Medical and sanitary report of the native army of Bengal for the year
Year: 1877
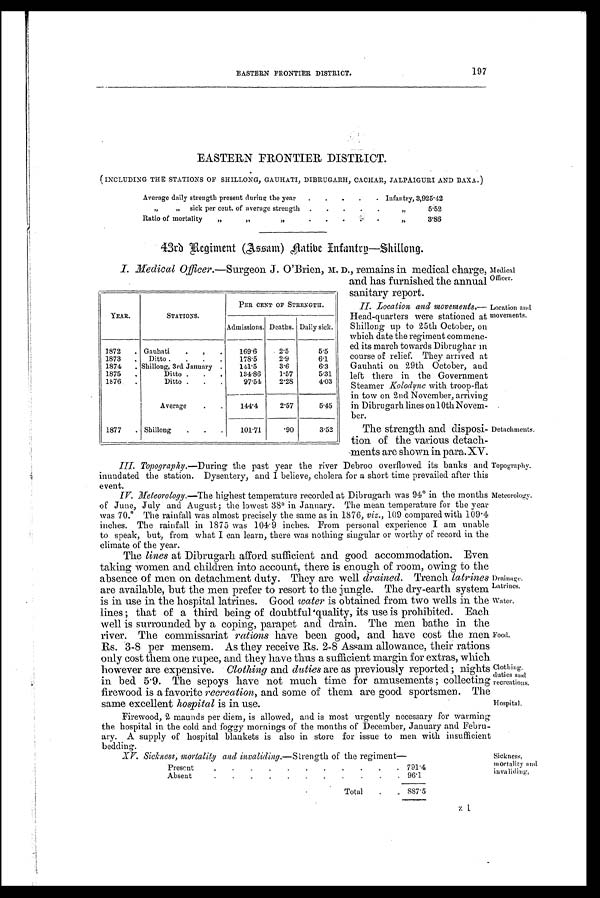
EASTERN FRONTIER DISTRICT.
197
EASTERN FRONTIER DISTRICT.
(INCLUDING THE STATIONS OF SHILLONG, GAUHATI, DIBRUGARH, CACHAR, JALPAIGURI AND BAXA.)
Average daily strength present during the year
.
.
.
.
. Infantry, 3,925.4.2
"
"
sick per cent. of average strength .
.
.
.
.
,,
5.52
Ratio of mortality
"
,,
"
.
.
.
.
.
"
3.86
43rd Regiment (Assam) Native Infantry— Shillong.
I. Medical Officer.—Surgeon J. O'Brien, M. D., remains in medical charge,
and has furnished the annual
sanitary report.
II. Location and movements.—
Head-quarters were stationed at
Shillong up to 25th October, on
which date the regiment commenc-
ed its march towards Dibrughar in
course of relief. They arrived at
Gauhati on 29th October, and
left there in the Government
Steamer Kolodyne with troop-flat
in tow on 2nd November, arriving
in Dibrugarh lines on 10th Novem-
ber.
The strength and disposi-
tion of the various detach-
ments are shown in para. XV.
Topography .— During the past year the river Debroo overflowed its banks and
inundated the station. Dysentery, and I believe, cholera for a short time prevailed after this
event.
IV. Meteorology.— The highest temperature recorded at Dibrugarh was 94° in the months
of June, July and August; the lowest 38° in January. The mean temperature for the year
was 70.° The rainfall was almost precisely the same as in 1876, viz., 109 compared with 109.4
inches. The rainfall in 1875 was 104.9 inches. From personal experience I am unable
to speak, but, from what I can learn, there was nothing singular or worthy of record in the
climate of the year.
The lines at Dibrugarh afford sufficient and good accommodation. Even
taking women and children into account, there is enough of room, owing to the
absence of men on detachment duty. They are well drained. Trench latrines
are available, but the men prefer to resort to the jungle. The dry-earth system
is in use in the hospital latrines. Good water is obtained from two wells in the
lines ; that of a third being of doubtful quality, its use is prohibited. Each
well is surrounded by a coping, parapet and drain. The men bathe in the
river. The commissariat rations have been good, and have cost the men
Rs. 3-8 per mensem. As they receive Rs. 2-8 Assam allowance, their rations
only cost them one rupee, and, they have thus a sufficient margin for extras, which
however are expensive. Clothing and duties are as previously reported ; nights
in bed 5.9. The sepoys have not much time for amusements ; collecting
firewood is a favorite recreation, and some of them are good sportsmen. The
same excellent hospital is in use.
Firewood, 2 maunds per diem, is allowed, and is most urgently necessary for warming
the hospital in the cold and foggy mornings of the months of December, January and Febru-
ary. A supply of hospital blankets is also in store for issue to men with insufficient
bedding.
XV. Sickness, mortality and invaliding .— Strength of the regiment—
Present
.
.
.
.
.
.
.
.
.
.
. 791.4
Absent
.
.
.
.
.
.
. .
. .
. 96.1
Total
.
. 887.5
YEAR.
STATIONS.
PER CENT OF STRENGTH
Admissions. Deaths. Daily sick.
1872
. Gauhati
.
.
.
169.6
2.5
5.5
1873
.
Ditto .
.
.
.
178.5
2.9
6.1
1874
. Shillong, 3rd January .
141.5
3.6
6.3
1875
.
Ditto .
.
.
134.86
1.57
5.31
1876
.
Ditto .
.
.
97.54
2.28
4.03
Average
.
.
144.4
2.57
5.45
1877
. Shillong
.
.
.
101.71
.90
3.52
Medical
Officer.
Location and
movements.
Detachments.
Topography.
Meteorology.
Drainage.
Latrines.
Water.
Food.
Clothing.
duties and
recreations.
Hospital.
Sickness,
mortality and
invaliding. z.l